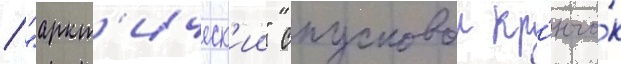
/ "аркт'ическ'ии" спусковои кр'ючо́к